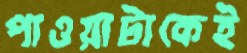
পাওয়াটাকেই